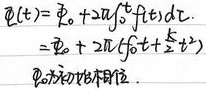
\(\varphi(t)=\varphi_{0}+2\pi\int_{0}^{t}f(\tau)d\tau=\varphi_{0}+2\pi\left(f_{0}t+\frac{k}{2}t^{2}\right)\)。\(\varphi_{0}\)为初始相位。